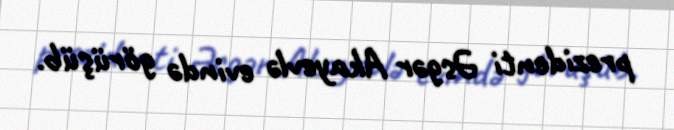
prezidenti Əsgər Akayevlə evində görüşüb.